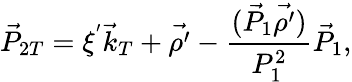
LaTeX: \vec{P}_{2T}=\xi^{'}{\vec{k}}_{T}+\vec{\rho^{\prime}}-{\frac{(\vec{P}_{1}\vec{\rho^{\prime}})}{P_{1}^{2}}}\vec{P}_{1},